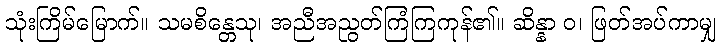
သုံးကြိမ်မြောက်။ သမစိန္တေသု၊ အညီအညွတ်ကြံကြကုန်၏။ ဆိန္နာ ဝ၊ ဖြတ်အပ်ကာမျှ